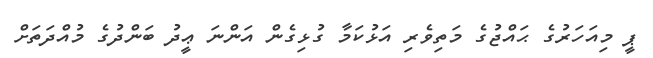
ޕީ މިއަހަރުގެ ޙައްޖުގެ މަތިވެރި އަޅުކަމާ ގުޅިގެން އަންނަ ޢީދު ބަންދުގެ މުއްދަތަށް